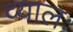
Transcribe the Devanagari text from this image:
व्यालः